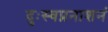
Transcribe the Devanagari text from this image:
दुःस्वप्ननाशनं